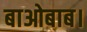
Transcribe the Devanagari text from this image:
बाओबाब।